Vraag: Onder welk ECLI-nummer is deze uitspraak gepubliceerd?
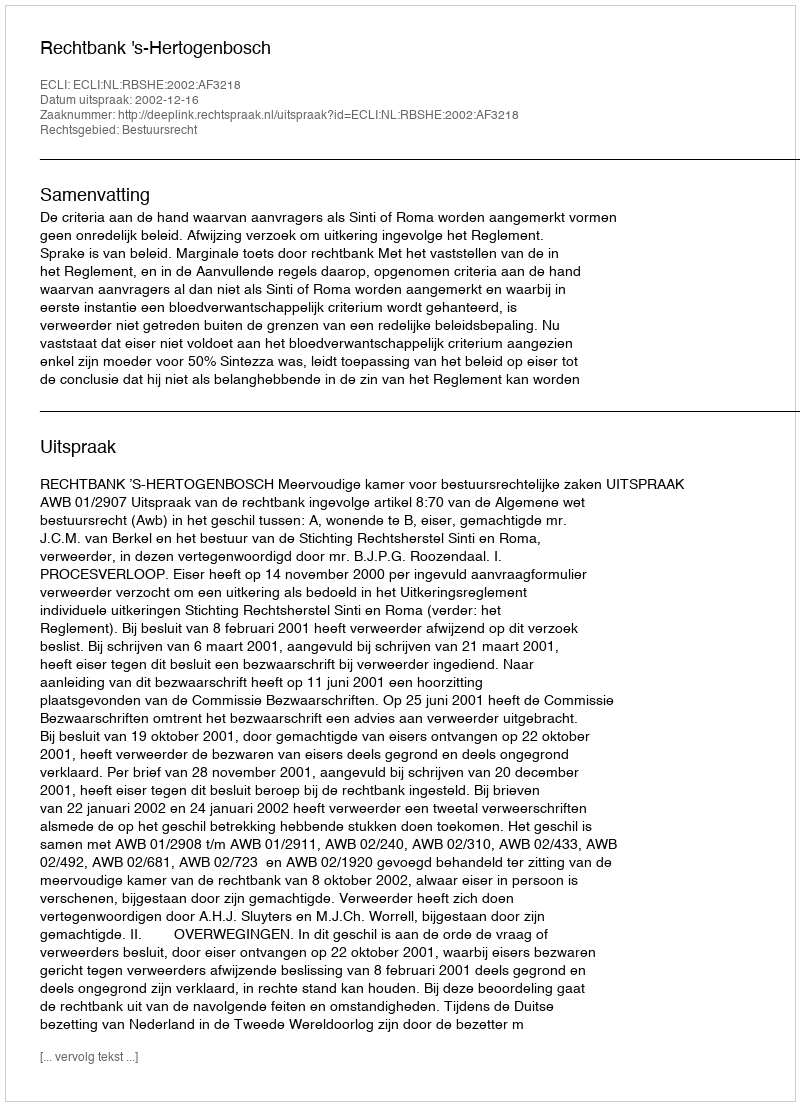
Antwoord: ECLI:NL:RBSHE:2002:AF3218